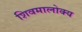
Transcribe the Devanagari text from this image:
शिवमालोक्य